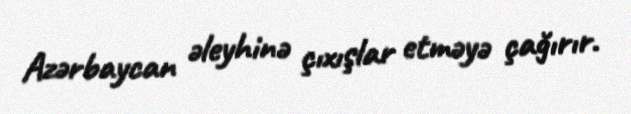
Azərbaycan əleyhinə çıxışlar etməyə çağırır.